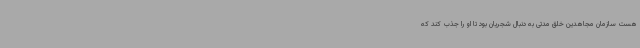
هست سازمان مجاهدین خلق مدتی به دنبال شجریان بود تا او را جذب کند که